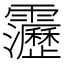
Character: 靋